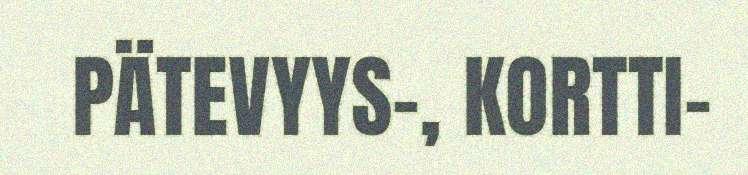
PÄTEVYYS-, KORTTI-